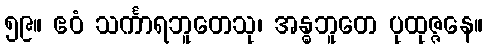
၅၉။ ဧဝံ သင်္ကာရဘူတေသု၊ အန္ဓဘူတေ ပုထုဇ္ဇနေ။